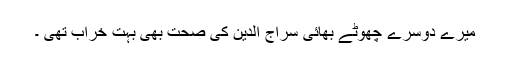
میرے دوسرے چھوٹے بھائی سراج الدین کی صحت بھی بہت خراب تھی ۔